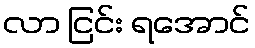
လာ ငြင်း ရအောင်